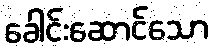
ခေါင်းဆောင်သော